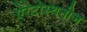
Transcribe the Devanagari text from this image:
ऐरेटोस्थनीज